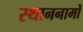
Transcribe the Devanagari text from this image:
स्थाननामों